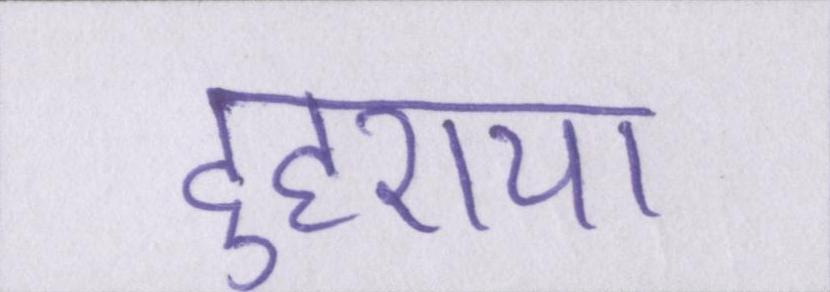
दुहराया